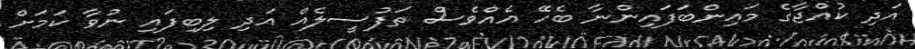
އަދި ކުއްޖާގެ މައިންބަފައިންނާ ބެހޭ އެއްވެސް ތަފުސީލެއް އަދި ލިބިފައި ނުވާ ކަމަށް